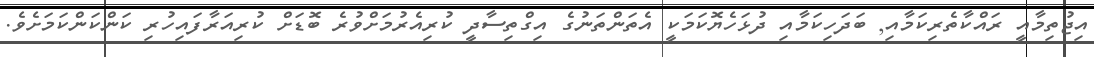
އިޖުތިމާއީ ރައްކާތެރިކަމާއި